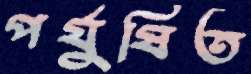
পর্যুষিত